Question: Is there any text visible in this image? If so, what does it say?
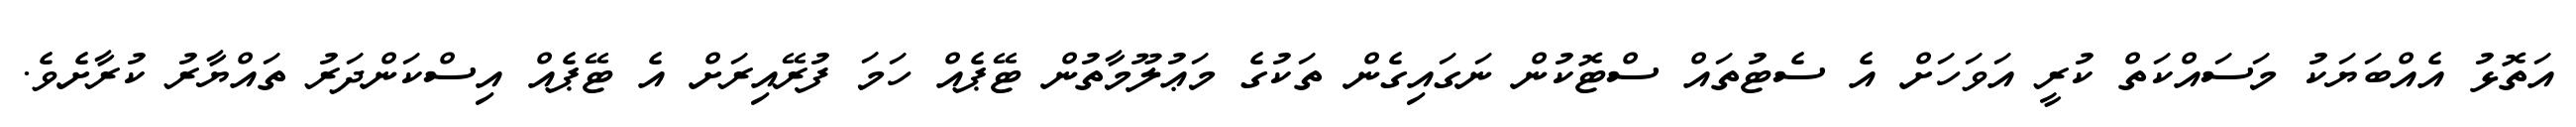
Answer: އަތޮޅު އެއްބަޔަކު މަސައްކަތް ކުރީ އަވަހަށް އެ ސެޓުތައް ސްޓޮކުން ނަގައިގެން ތަކުގެ މަޢުލޫމާތުން ޓޭޕެއް ހަމަ ފުރޭއިރަށް އެ ޓޭޕެއް އިސްކަންދަރު ތައްޔާރު ކުރާށެވެ.